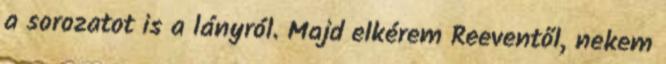
a sorozatot is a lányról. Majd elkérem Reeventől, nekem